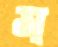
স্